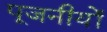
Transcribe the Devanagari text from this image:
पूजनीयों